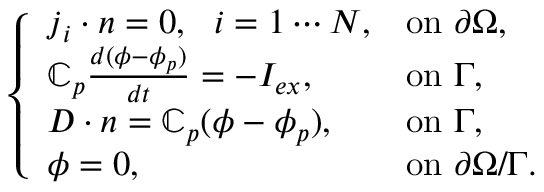
\left\{ \begin{array} { l l } { \boldsymbol { j } _ { i } \cdot \boldsymbol { n } = 0 , ~ ~ i = 1 \cdots N , } & { \mathrm { o n ~ } \partial \Omega , } \\ { \mathbb { C } _ { p } \frac { d ( \phi - \phi _ { p } ) } { d t } = - I _ { e x } , } & { \mathrm { o n ~ } \Gamma , } \\ { \boldsymbol { D } \cdot \boldsymbol { n } = \mathbb { C } _ { p } ( \phi - \phi _ { p } ) , } & { \mathrm { o n ~ } \Gamma , } \\ { \phi = 0 , } & { \mathrm { o n ~ } \partial \Omega / \Gamma . } \end{array} \right.